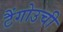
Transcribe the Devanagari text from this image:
टैंगोउची